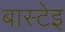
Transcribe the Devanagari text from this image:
बास्टेइ